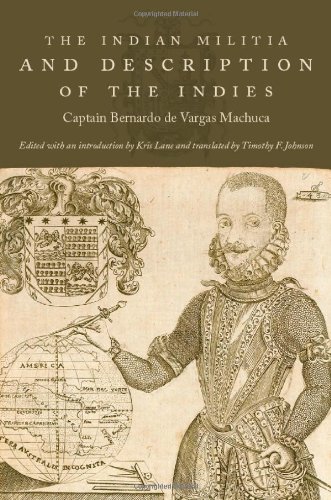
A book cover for The Indian Militia and Description of the Indies (The Cultures and Practice of Violence); Captain Bernardo de Vargas Machuca; Travel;